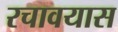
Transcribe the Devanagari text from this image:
रचावयास